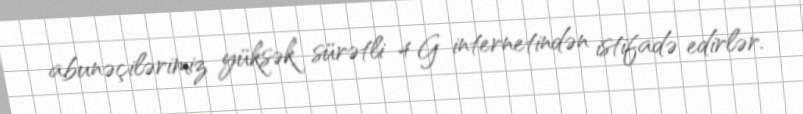
abunəçilərimiz yüksək sürətli 4 G internetindən istifadə edirlər.